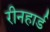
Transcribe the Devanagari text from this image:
रीनहार्ड